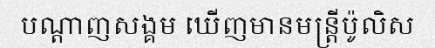
បណ្តាញសង្គម ឃើញមានមន្ត្រីប៉ូលិស